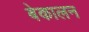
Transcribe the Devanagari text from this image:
बेकालन